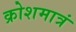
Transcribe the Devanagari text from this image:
क्रोशमात्रं